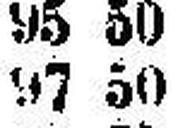
97 50